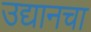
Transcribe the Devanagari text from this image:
उद्यानचा